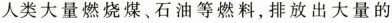
人类大量燃烧煤、石油等燃料，排放出大量的